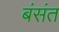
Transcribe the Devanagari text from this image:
बंसंत